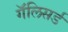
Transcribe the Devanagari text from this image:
गॅलिसर्ड